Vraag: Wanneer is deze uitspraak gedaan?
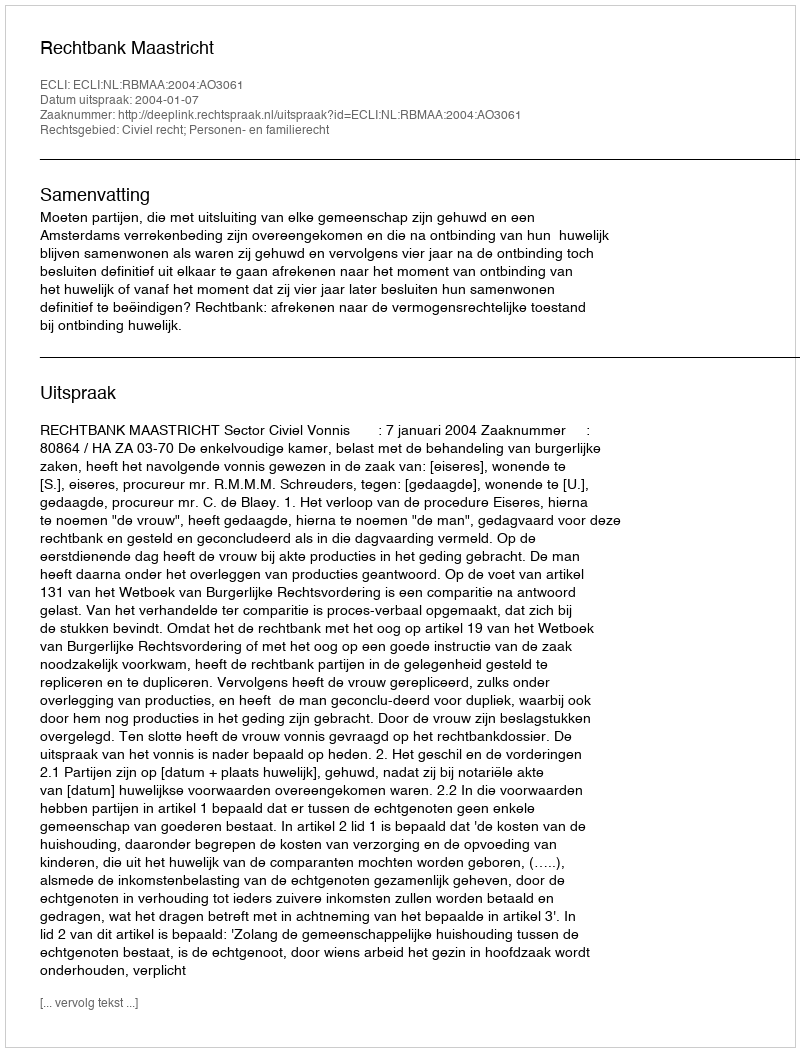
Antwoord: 2004-01-07